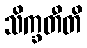
သိက္ခတီတိ